Annual statistical returns and brief notes on vaccination in Bengal - 1909-1929
Year: 1909
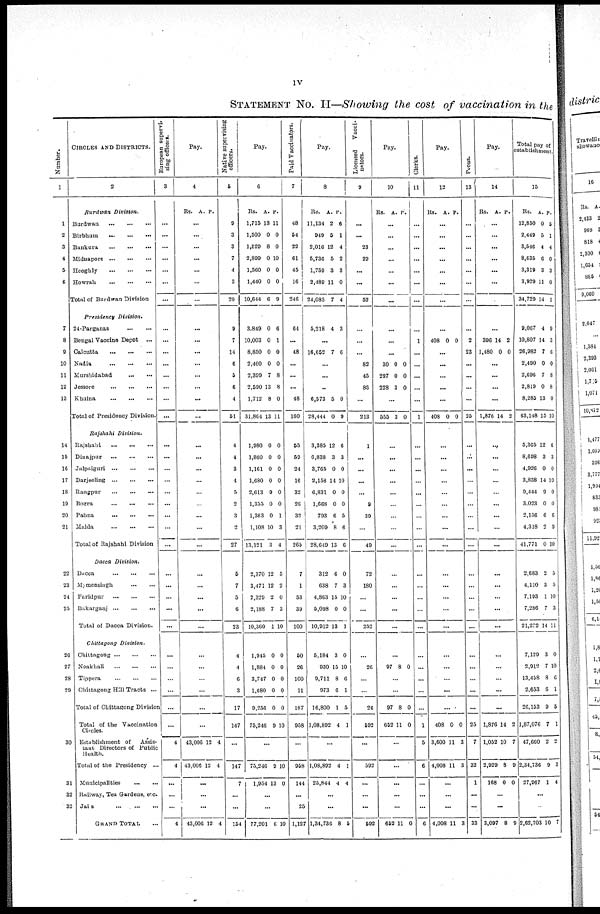
iv
STATEMENT No. II—Showing the cost of vaccination in the
Number.
1
1
2
3
4
5
6
7
8
9
10
11
12
13
14
15
16
17
18
19
20
21
22
23
24
25
26
27
28
29
30
31
32
32
CIRCLES AND DISTRICTS.
2
Burdwan
Division.
Burdwan
...
...
...
Birbhum
...
...
...
Bankura
...
...
...
Midnapore
...
...
...
Hooghly
...
...
...
Howrah
...
...
...
Total of Burdwan Division
Presidency
Division.
24-Parganas
...
...
Bengal Vaccine Depot
...
Calcutta
...
...
...
Nadia
...
...
...
Murshidabad
...
...
Jessore
...
...
...
Khulna
...
...
...
Total of Presidency Division.
Rajshahi
Division.
Rajshahi
...
...
...
Dinajpur
...
...
...
Jalpaiguri
...
...
...
Darjeeling
...
...
...
Rangpur
...
...
...
Bogra
...
...
...
Pabna
...
...
...
Malda
...
...
...
Total of Rajshahi Division
Dacca Division.
Dacca
...
...
...
Mymensingh
...
...
Faridpur
...
...
...
Bakarganj
...
...
...
Total of Dacca Division.
Chittagong
Division.
Chittagong
...
...
...
Noakhali
...
...
...
Tippera
...
...
...
Chittagong Hill Tracts ...
Total of Chittagong Division
Total of the Vaccination
Circles.
Establishment of
Assis-
tant Directors of Public
Health.
Total of the Presidency ...
Municipalities
...
...
Railway, Tea Gardens, etc.
Jails
...
...
...
GRAND TOTAL ...
European supervi-
sing officers.
3
...
...
...
...
...
...
...
...
...
...
...
...
...
...
...
...
...
...
...
...
...
...
...
...
...
...
...
...
...
...
...
...
...
...
...
4
4
...
...
...
4
Pay.
4
Rs. A. P.
...
...
...
...
...
...
...
...
...
...
...
...
...
...
...
...
...
...
...
...
...
...
...
...
...
...
...
...
...
...
...
...
...
...
...
43,006
43,006
12
12
4
4
...
...
...
43,006 12 4
Native supervising
officers.
5
9
3
3
7
4
3
29
9
7
14
6
5
6
4
51
4
4
3
4
5
2
3
2
27
5
7
5
6
23
4
4
6
3
17
147
...
147
7
...
...
154
Pay.
6
Rs.
1,715
1,500
1,529
2,899
1,560
1,440
10,644
A.
13
0
8
0
0
0
6
P.
11
0
0
10
0
0
9
3,849
10,003
8,850
2,460
2,399
2,590
1,712
31,864
0
0
0
0
7
13
8
13
6
1
0
0
8
8
0
11
1,980
1,860
1,161
1,680
2,613
1,355
1,363
1,108
13,121
0
0
0
0
9
0
0
10
3
0
0
0
0
0
0
1
3
4
2,370
3,471
2,329
2,188
10,360
12
12
2
7
1
5
2
0
3
10
1,945
1,884
3,747
1,680
9,256
75,246
0
0
0
0
0
9
0
0
0
0
0
10
...
75,246
1,954
9
13
10
0
...
...
77,201 6 10
Paid Vaccinators.
7
48
54
22
61
45
16
246
64
...
48
...
...
...
48
160
55
59
24
16
32
26
32
21
265
7
1
53
39
100
50
26
100
11
187
958
...
958
144
...
25
1,127
Pay.
8
Rs.
11,134
949
2,016
5,736
1,759
2,489
24,085
A.
2
5
12
5
3
11
7
P.
6
1
4
2
3
0
4
5,218 4 3
...
16,652 7 6
...
...
...
6,573
28,444
5
0
0
9
3,385
6,838
3,765
2,158
6,831
1,668
793
3,209
28,649
12
3
0
14
0
0
6
8
13
6
3
0
10
0
0
5
6
6
312
638
4,863
5,098
10,912
6
7
15
0
13
0
3
10
0
1
5,184
930
9,711
973
16,800
1,08,892
3
15
8
6
1
4
0
10
6
1
5
1
...
1,08,892
25,844
4
4
1
4
...
...
1,34,736 8 5
Licensed Vacci-
nators.
9
...
...
23
29
...
...
52
...
...
...
82
45
83
...
213
1
...
...
...
...
9
39
...
49
72
180
...
...
252
...
26
...
...
26
592
...
592
...
...
...
592
Pay.
10
Rs. A. P.
...
...
...
...
...
...
...
...
...
...
30
297
228
0
0
3
0
0
0
...
555 3 0
...
...
...
...
...
...
...
...
...
...
...
...
...
...
...
97 8 0
...
...
97
652
8
11
0
0
...
...
...
...
...
652 11 0
Clerks.
11
...
...
...
...
...
...
...
...
1
...
...
...
...
...
1
...
...
...
...
...
...
...
...
...
...
...
...
...
...
...
...
...
...
...
1
5
6
...
...
...
6
Pay.
12
Rs. A. P.
...
...
...
...
...
...
...
...
408 0 0
...
...
...
...
...
408 0 0
...
...
...
...
...
...
...
...
...
...
...
...
...
...
...
...
...
...
...
408
3,600
4,008
0
11
11
0
3
3
...
...
...
4,008 11 3
Peons.
13
...
...
...
...
...
...
...
...
2
23
...
...
...
...
25
...
...
...
...
...
...
...
...
...
...
...
...
...
...
...
...
...
...
...
25
7
32
1
...
...
33
Pay.
14
Rs. A. P.
...
...
...
...
...
...
...
...
396
1,480
14
0
2
0
...
...
...
...
1,876 14 2
...
...
...
...
...
...
...
...
...
...
...
...
...
...
...
...
...
...
...
1,876
1,052
2,929
168
14
10
8
0
2
7
9
0
...
...
3,097 8 9
Total pay of
establishment.
15
Rs.
12,850
2,449
3,546
8,635
3,319
3,929
34,729
A.
0
5
4
6
3
11
14
P.
5
1
4
0
3
0
1
9,067
10,807
26,982
2,490
2,696
2,819
8,285
63,148
4
14
7
0
7
0
13
15
9
3
6
0
8
8
0
10
5,365
8,698
4,926
3,838
9,444
3,023
2,156
4,318
41,771
12
3
0
14
9
0
6
2
0
6
3
0
10
0
0
6
9
10
2,683
4,110
7,193
7,286
21,272
2
3
1
7
14
5
5
10
3
11
7,129
2,912
13,458
2,653
26,153
1,87,076
47,660
2,34,736
27,967
3
7
8
6
9
7
2
9
1
0
10
6
1
5
1
2
3
4
...
...
2,62,703 10 7